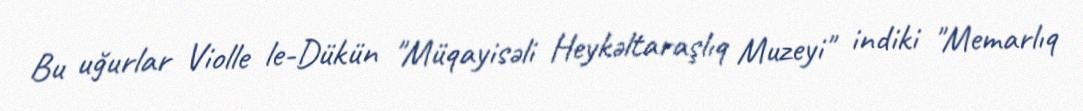
Bu uğurlar Violle le-Dükün "Müqayisəli Heykəltaraşlıq Muzeyi" indiki "Memarlıq